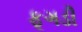
ફૂગડી